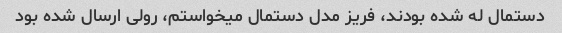
دستمال له شده بودند، فریز مدل دستمال میخواستم، رولی ارسال شده بود